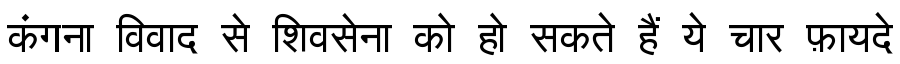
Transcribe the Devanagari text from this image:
कंगना विवाद से शिवसेना को हो सकते हैं ये चार फ़ायदे